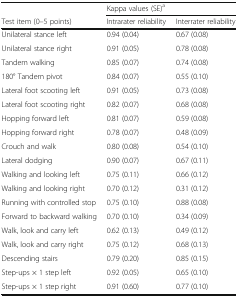
|  | <COLSPAN=2> Kappa values (SE)a |
 | Test item (0–5 points) | Intrarater reliability | Interrater reliability |
 | --- | --- | --- |
 | Unilateral stance left | 0.94 (0.04) | 0.67 (0.08) |
 | Unilateral stance right | 0.91 (0.05) | 0.78 (0.08) |
 | Tandem walking | 0.85 (0.07) | 0.74 (0.08) |
 | 180° Tandem pivot | 0.84 (0.07) | 0.55 (0.10) |
 | Lateral foot scooting left | 0.91 (0.05) | 0.73 (0.08) |
 | Lateral foot scooting right | 0.82 (0.07) | 0.68 (0.08) |
 | Hopping forward left | 0.81 (0.07) | 0.59 (0.08) |
 | Hopping forward right | 0.78 (0.07) | 0.48 (0.09) |
 | Crouch and walk | 0.80 (0.08) | 0.54 (0.10) |
 | Lateral dodging | 0.90 (0.07) | 0.67 (0.11) |
 | Walking and looking left | 0.75 (0.11) | 0.66 (0.12) |
 | Walking and looking right | 0.70 (0.12) | 0.31 (0.12) |
 | Running with controlled stop | 0.75 (0.10) | 0.88 (0.08) |
 | Forward to backward walking | 0.70 (0.10) | 0.34 (0.09) |
 | Walk, look and carry left | 0.62 (0.13) | 0.49 (0.12) |
 | Walk, look and carry right | 0.75 (0.12) | 0.68 (0.13) |
 | Descending stairs | 0.79 (0.20) | 0.85 (0.15) |
 | Step-ups × 1 step left | 0.92 (0.05) | 0.65 (0.10) |
 | Step-ups × 1 step right | 0.91 (0.60) | 0.77 (0.10) |